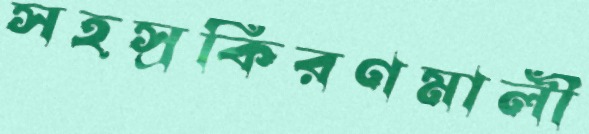
সহস্রকিরণমালী